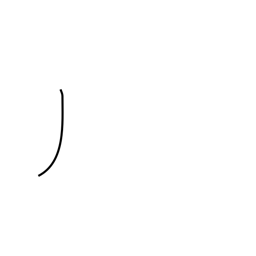
Meaning: katakana no radical (no. 4)